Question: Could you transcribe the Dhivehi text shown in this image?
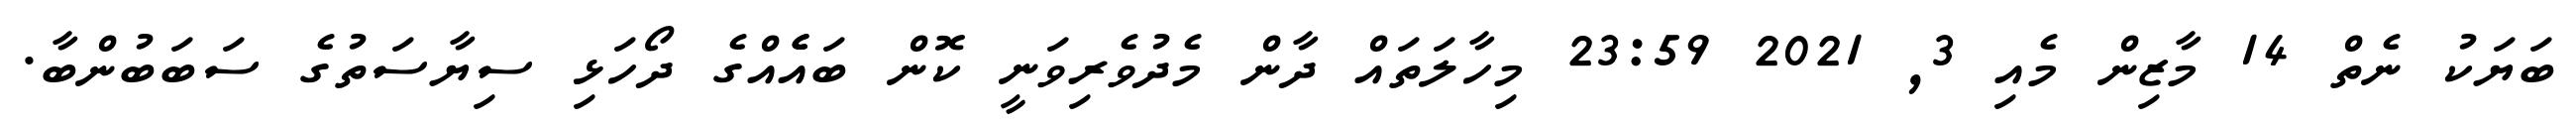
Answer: ބަޔަކު ނެތް 14 މާޒިން މެއި 3, 2021 23:59 މިހާލަތައް ދާން މެދުވެރިވަނީ ކޮން ބައެެއްގެ ދޯހަޅި ސިޔާސަތުގެ ސަބަބުންބާ.